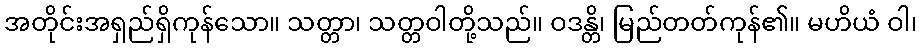
အတိုင်းအရှည်ရှိကုန်သော။ သတ္တာ၊ သတ္တဝါတို့သည်။ ဝဒန္တိ၊ မြည်တတ်ကုန်၏။ မဟိယံ ဝါ၊